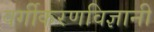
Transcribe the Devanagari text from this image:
वर्गीकरणविज्ञानी